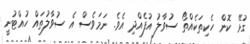
ގުޅޭ ކޮން ހެކިތަކެއްތޯ ސުވާލު އުފެއްދި އެވެ. ނަމަަވެސް އެ ސުވާލުތައް ހުއްޓުނީ